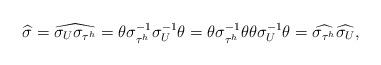
LaTeX: \begin{align*}\widehat{\sigma} = \widehat{\sigma_U \sigma_{\tau^h}} = \theta \sigma_{\tau^h}^{-1} \sigma_U^{-1} \theta = \theta \sigma_{\tau^h}^{-1} \theta \theta \sigma_U^{-1} \theta = \widehat{\sigma_{\tau^h}} \widehat{\sigma_U},\end{align*}